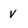
Character: v